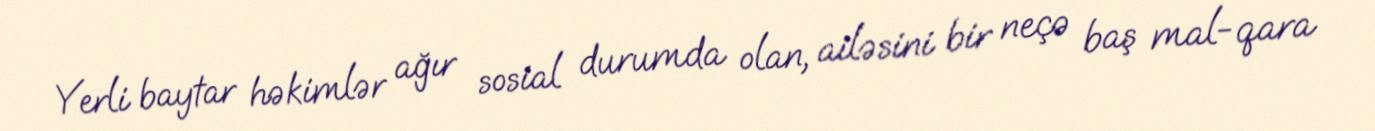
Yerli baytar həkimlər ağır sosial durumda olan, ailəsini bir neçə baş mal-qara